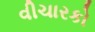
વીચારકો